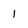
Character: 1